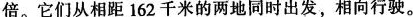
倍。它们从相距162千米的两地同时出发，相向行驶。